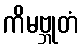
ကိမဗ္ဘုတံ